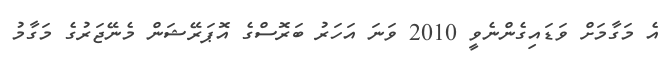
އެ މަގާމަށް ވަޑައިގެންނެވީ 2010 ވަނަ އަހަރު ބަރޮސްގެ އޮޕަރޭޝަން މެނޭޖަރުގެ މަގާމު